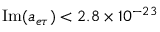
\mathrm { I m } ( a _ { e \tau } ) < 2 . 8 \times 1 0 ^ { - 2 3 }